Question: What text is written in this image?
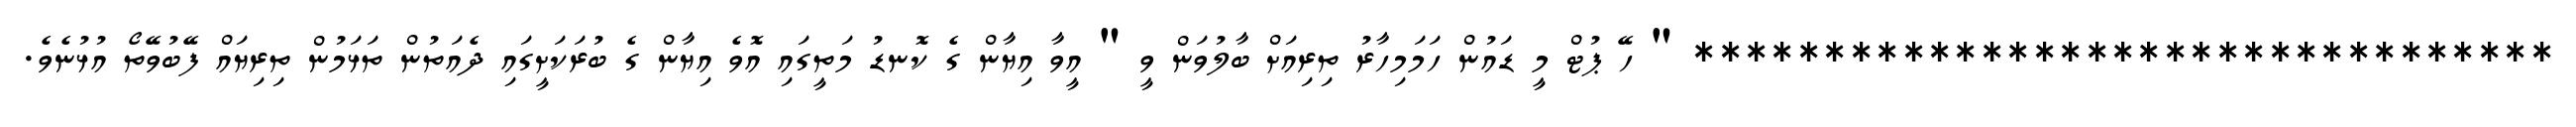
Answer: ********************************* " ހޭ ޕުޓް މީ ޑައުން ހަމަމިހާރު ތިރިއަށް ބާލުވަން ވީ " އީވާ އިޔާން ގެ ކޮނޑު މަތީގައި އޮވެ އިޔާން ގެ ބުރަކަށީގައި ދެއަތުން ތަޅަމުން ތިރިޔައް ފޭބުވޭތޯ އުޅުނެވެ.